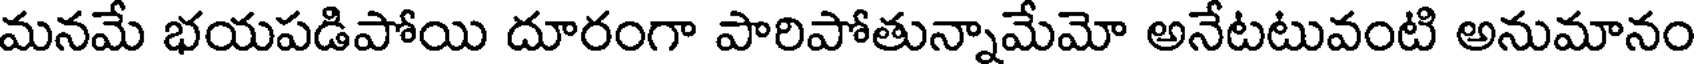
మనమే భయపడిపోయి దూరంగా పారిపోతున్నామేమో అనేటటువంటి అనుమానం